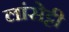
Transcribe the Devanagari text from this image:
लांसेट्टी